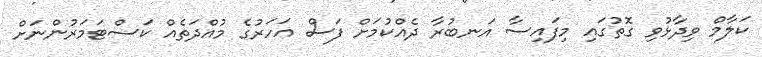
ކަލާމް ވިދާޅުވި ގޮތުގައި މިފައިސާ އަނބުރާ ދެއްކުމަށް ފަސް އަހަރުގެ މުއްދަތެއް ކަސްޓަމަރުންނަށް